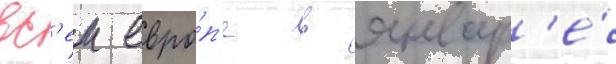
вс'еи евро́п'е в январ'е́